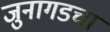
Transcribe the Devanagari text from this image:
जुनागडचा